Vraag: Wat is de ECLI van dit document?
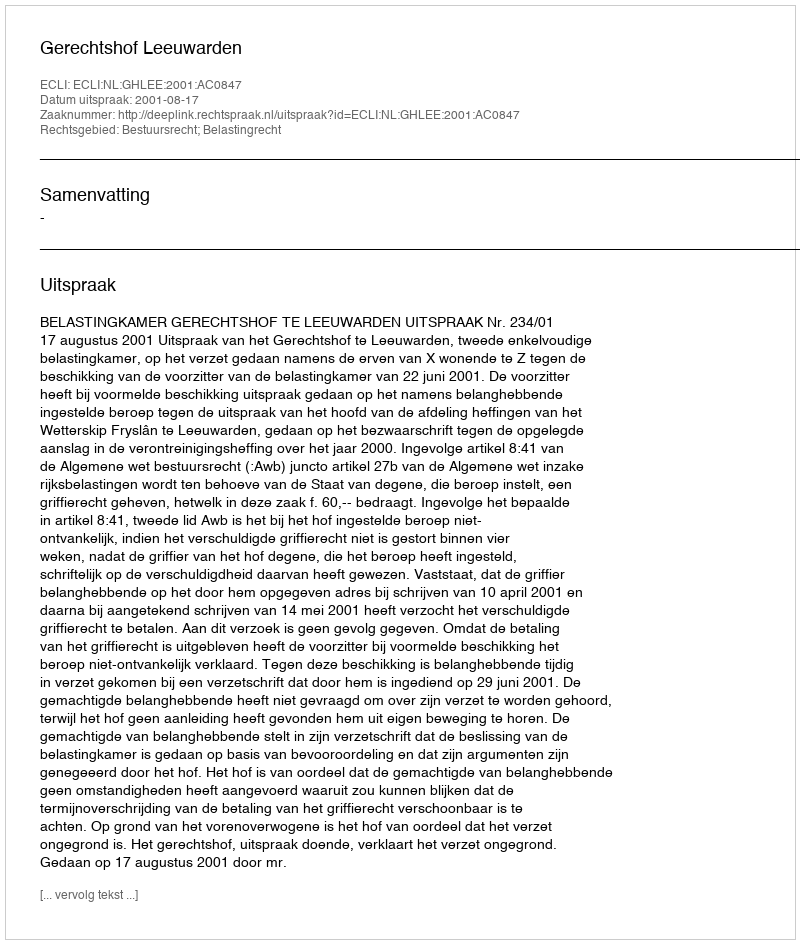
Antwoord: ECLI:NL:GHLEE:2001:AC0847